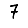
Digit: 7